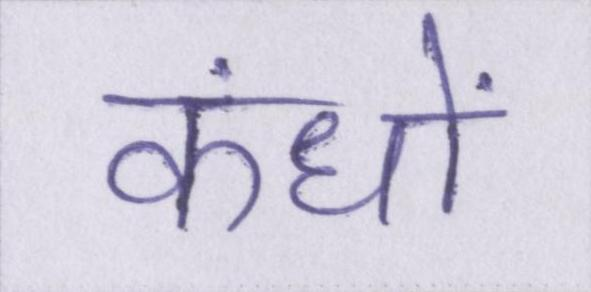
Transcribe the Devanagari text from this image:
कंधों